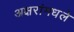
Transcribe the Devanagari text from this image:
अक्षरांमधले